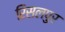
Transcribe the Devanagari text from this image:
रिसलपुर